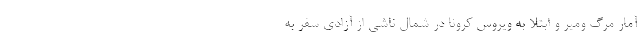
آمار مرگ ومیر و ابتلا به ویروس کرونا در شمال ناشی از آزادی سفر به